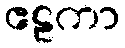
ဧဠကာ